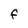
Character: F